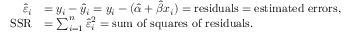
{ \begin{array} { r l } { { \hat { \varepsilon } } _ { i } } & { = y _ { i } - { \hat { y } } _ { i } = y _ { i } - ( { \hat { \alpha } } + { \hat { \beta } } x _ { i } ) = { \mathrm { r e s i d u a l s } } = { \mathrm { e s t i m a t e d ~ e r r o r s } } , } \\ { { \mathrm { S S R } } } & { = \sum _ { i = 1 } ^ { n } { { \hat { \varepsilon } } _ { i } } ^ { 2 } = { \mathrm { s u m ~ o f ~ s q u a r e s ~ o f ~ r e s i d u a l s } } . } \end{array} }